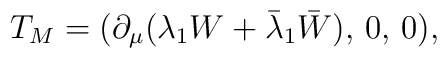
T_M = (\partial _{\mu }(\lambda _1 W + \bar \lambda _1 \bar W),\,0,\,0),